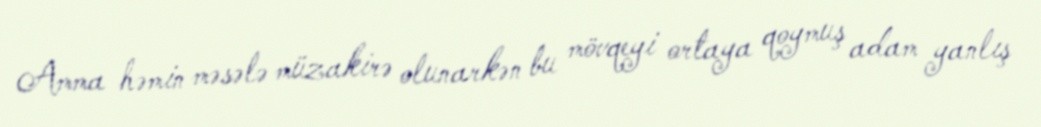
Amma həmin məsələ müzakirə olunarkən bu mövqeyi ortaya qoymuş adam yanlış